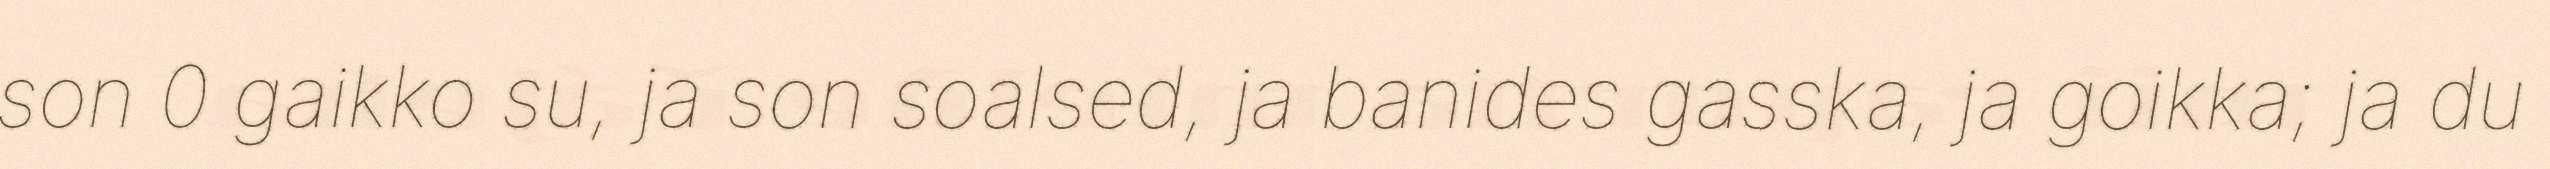
son 0 gaikko su, ja son soalsed, ja banides gasska, ja goikka; ja du